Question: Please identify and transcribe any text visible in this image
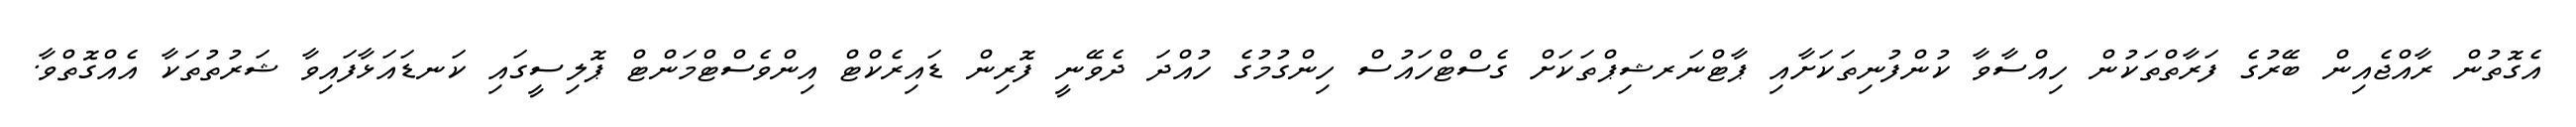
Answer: އެގޮތުން ރާއްޖެއިން ބޭރުގެ ފަރާތްތަކުން ހިއްސާވާ ކުންފުނިތަކަށާއި ޕާޓްނަރޝިޕްތަކަށް ގެސްޓްހައުސް ހިންގުމުގެ ހުއްދަ ދެވޭނީ ފޮރިން ޑައިރެކްޓް އިންވެސްޓްމަންޓް ޕޮލިސީގައި ކަނޑައަޅާފައިވާ ޝަރުތުތަކާ އެއްގޮތްވާ.